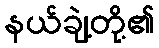
နယ်ချဲ့တို့၏